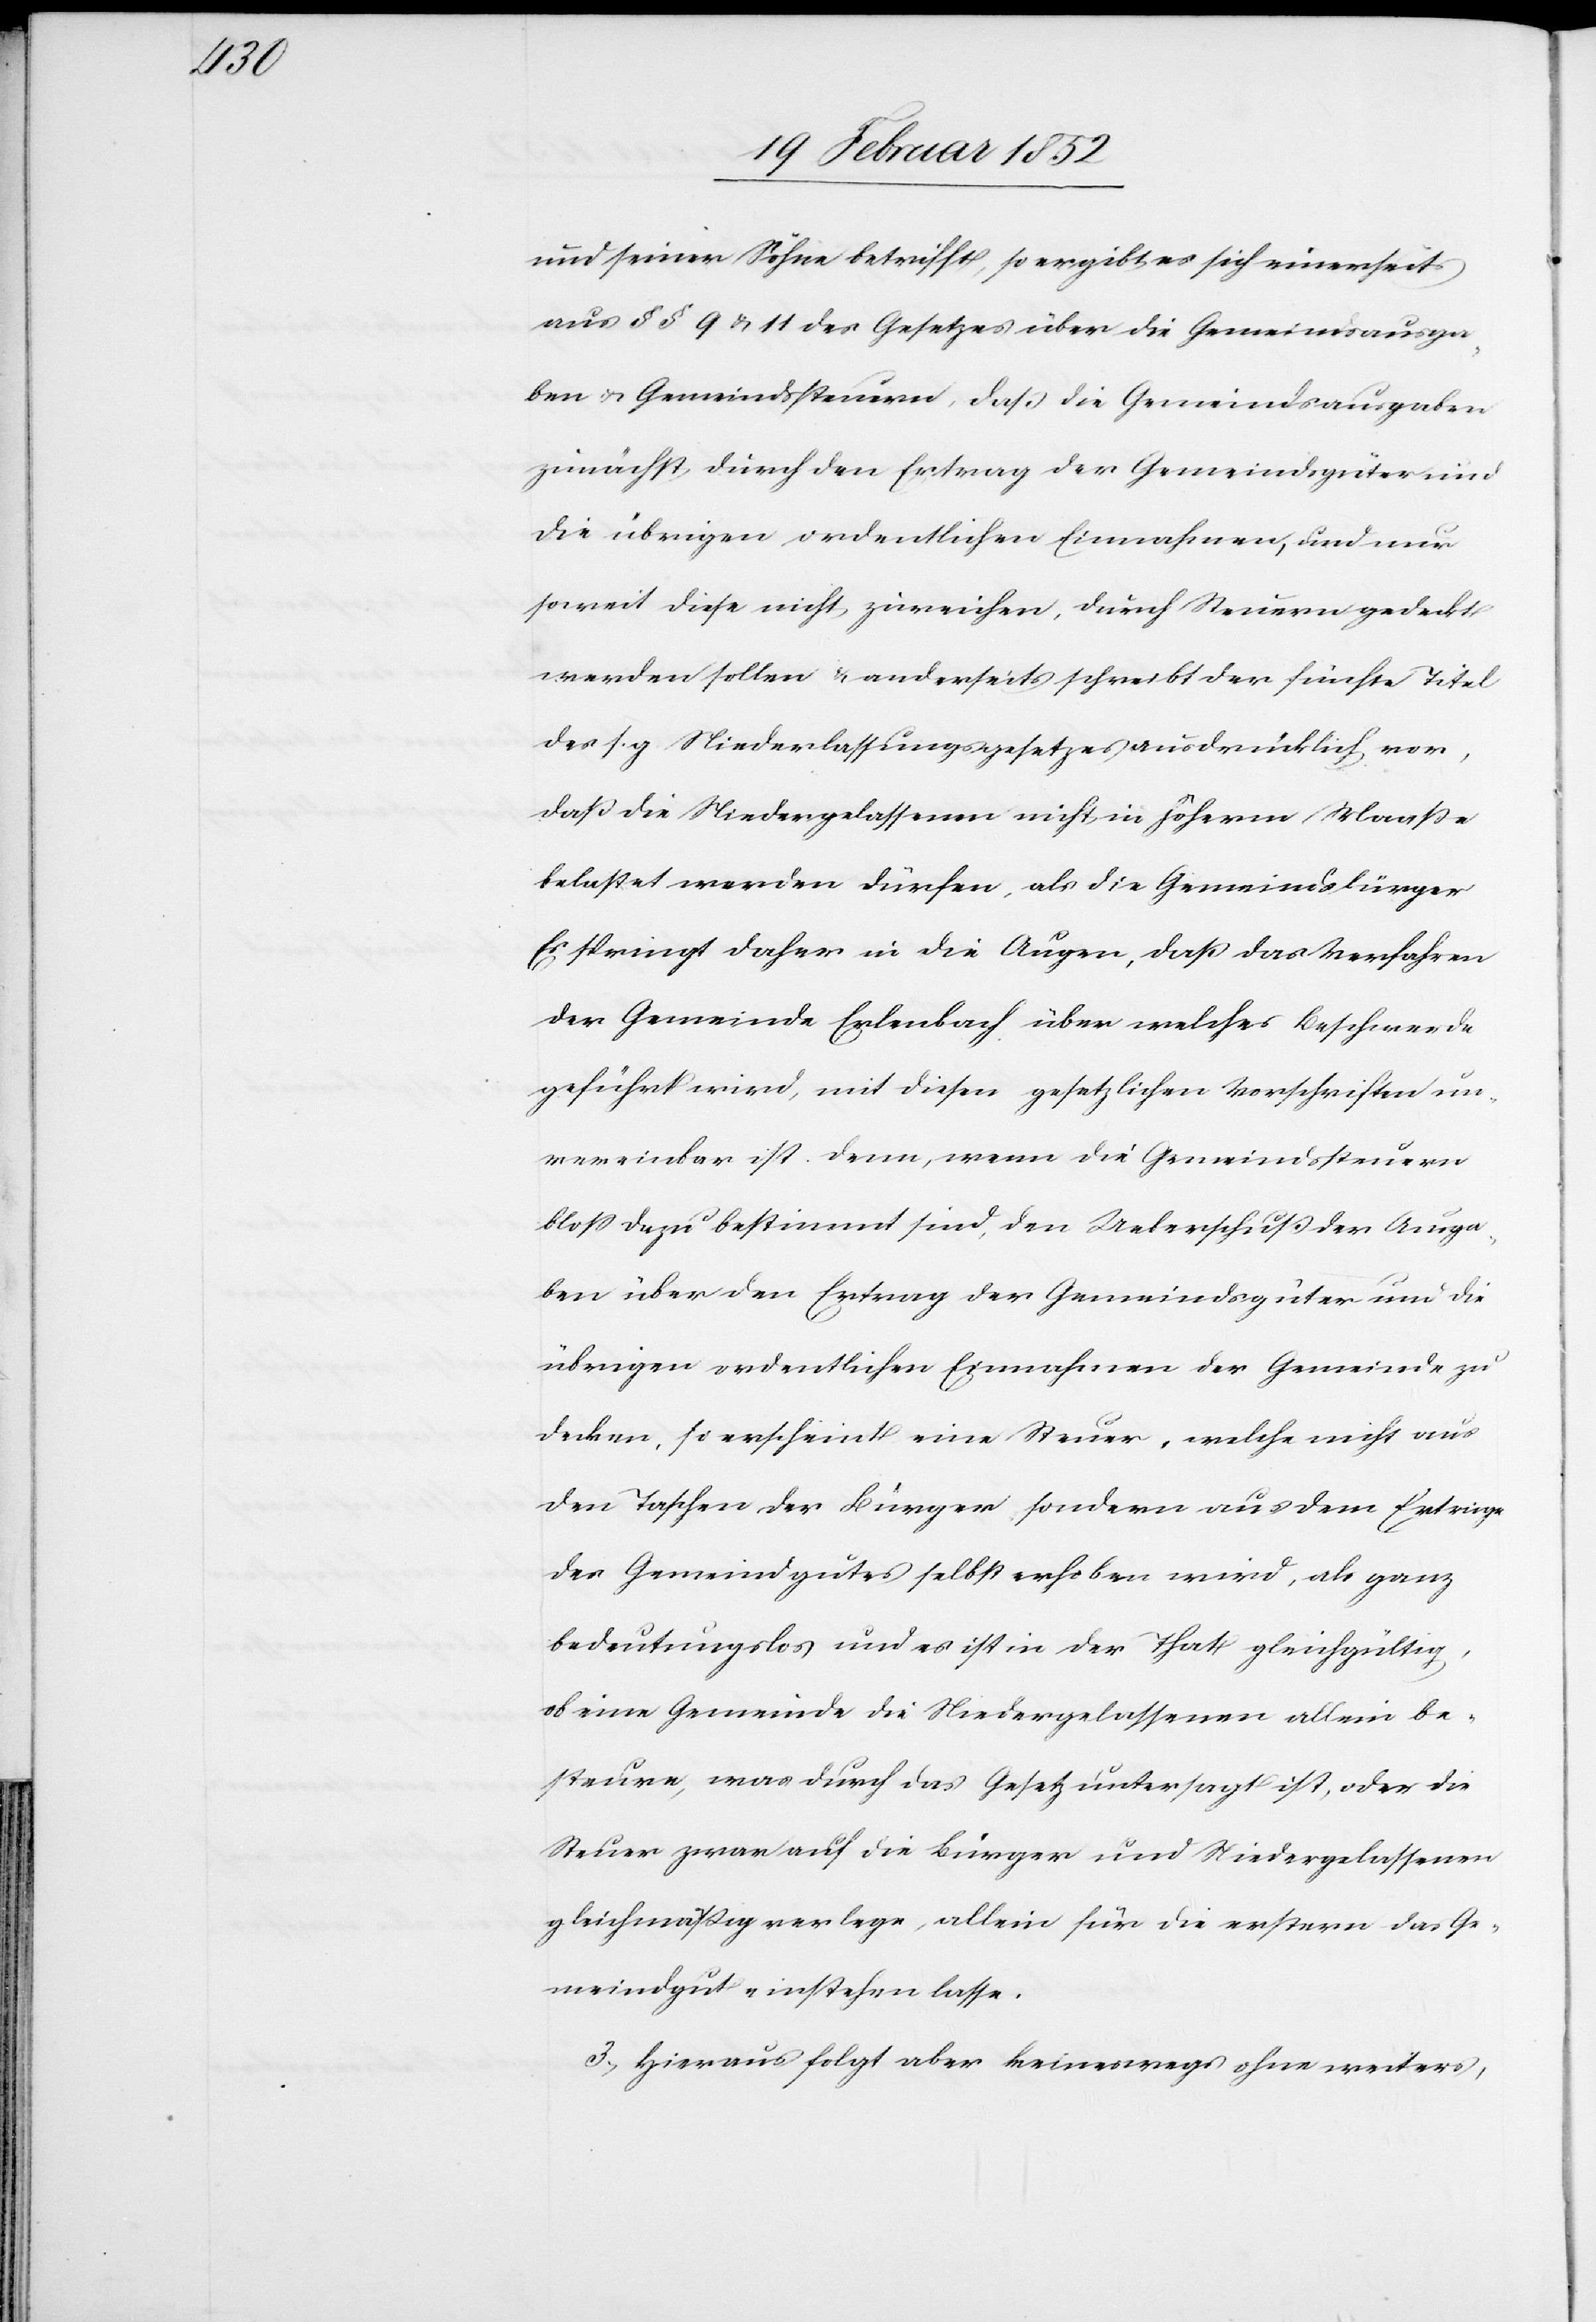
und seiner Söhne betrifft, so ergibt es sich einerseits
aus §§ 9 u. 11. des Gesetzes über die Gemeindsausga¬
ben u. Gemeindssteuern, daß die Gemeindsausgaben
zunächst durch den Ertrag der Gemeindegüter und
die übrigen ordentlichen Einnahmen, und nur
soweit diese nicht zureichen, durch Steuern gedeckt
werden sollen u. anderseits schreibt der fünfte Titel
des s. g. Niederlassungsgesetzes ausdrücklich vor,
daß die Niedergelassenen nicht in höherm Maaß
belastet werden dürfen, als die Gemeindsbürger.
Es springt daher in die Augen, daß das Verfahren
der Gemeinde Erlenbach über welches Beschwerde
geführt wird, mit diesen gesetzlichen Vorschriften un¬
erreichbar ist. Denn, wenn die Gemeindssteuern
bloß dazu bestimmt sind, den Ueberschuß der Ausga¬
ben über den Ertrag der Gemeindsgüter und die
übrigen ordentlichen Einnahmen der Gemeinde zu
decken, so erscheint eine Steuer, welche nicht aus
den Taschen der Bürger, sondern aus dem Ertrage
der Gemeindgüter selbst erhoben wird, als ganz
bedeutungslos und es ist in der That gleichgültig,
ob eine Gemeinde die Niedergelassenen allein be¬
steure, was durch das Gesetz untersagt ist, oder die
Steuer zwar auf die Bürger und Niedergelassenen
gleichmäßig verlege, allein für die erstern das Ge¬
meindgut einstehen lasse.
3.) Hieraus folgt aber keineswegs ohne weiters,